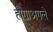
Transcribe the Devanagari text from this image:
होगाअगले